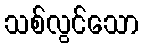
သစ်လွင်သော